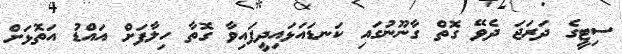
ސިޓީގެ ދަރަޖަ ދެވޭ ގޮތް ގާނޫނުގައި ކަނޑައަޅައިދީފައިވާ ގޮތާ ހިލާފަށް އައްޑު އަތޮޅަށް